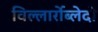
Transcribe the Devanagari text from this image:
विल्लार्रोब्लेदो